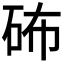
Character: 𥑢